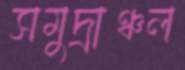
সমুদ্রাঞ্চল